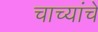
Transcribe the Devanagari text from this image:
चाच्यांचे